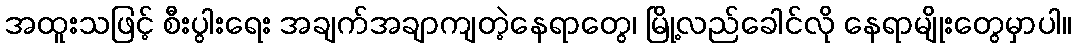
အထူးသဖြင့် စီးပွါးရေး အချက်အချာကျတဲ့နေရာတွေ၊ မြို့လည်ခေါင်လို နေရာမျိုးတွေမှာပါ။